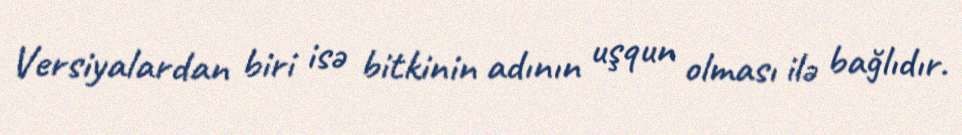
Versiyalardan biri isə bitkinin adının uşqun olması ilə bağlıdır.